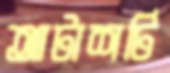
আটাশটি